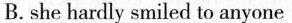
B. she hardly snled to anyone